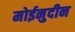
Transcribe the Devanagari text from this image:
मोईनुदीन